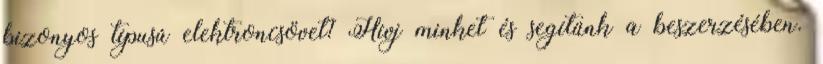
bizonyos típusú elektroncsövet? Hívj minket és segítünk a beszerzésében.